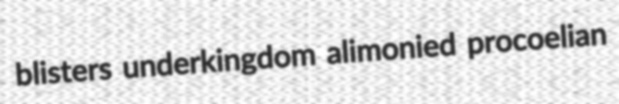
blisters underkingdom alimonied procoelian